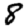
Digit: 8